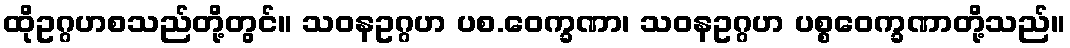
ထိုဥဂ္ဂဟစသည်တို့တွင်။ သဝနဥဂ္ဂဟ ပစ.ဝေက္ခဏာ၊ သဝနဥဂ္ဂဟ ပစ္စဝေက္ခဏာတို့သည်။